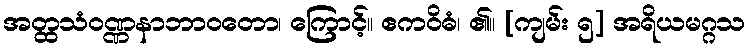
အတ္ထသံဝဏ္ဏနာဘာဝတော၊ ကြောင့်။ ဧကဝိဓံ၊ ၏။ [ကျမ်း ၅] အရိယမဂ္ဂသ